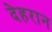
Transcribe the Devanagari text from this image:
देहरान